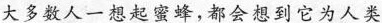
大多数人一想起蜜蜂，都会想到它为人类